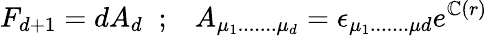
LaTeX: F_{d+1}=dA_{d}\; \; ;\; \; \; A_{\mu_{1}.......\mu_{d}}=\epsilon_{\mu_{1}.......\mu{d}}e^{\mathbb{C}(r)}